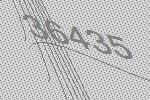
36435